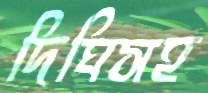
দিঘিসহ